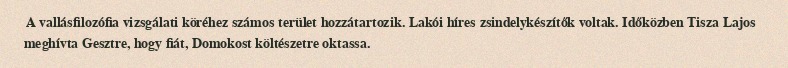
A vallásfilozófia vizsgálati köréhez számos terület hozzátartozik. Lakói híres zsindelykészítők voltak. Időközben Tisza Lajos meghívta Gesztre, hogy fiát, Domokost költészetre oktassa.